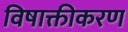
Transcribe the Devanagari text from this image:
विषाक्तीकरण